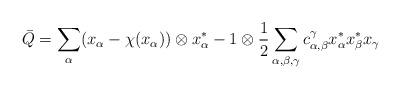
LaTeX: \begin{align*}\bar{Q}=\sum_\alpha(x_\alpha-\chi(x_\alpha))\otimes x_\alpha^\ast-1\otimes \dfrac{1}{2}\sum_{\alpha,\beta,\gamma}c_{\alpha, \beta}^\gamma x_\alpha^\ast x_\beta^\ast x_\gamma\end{align*}